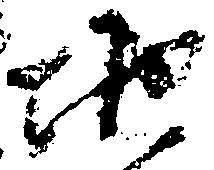
地